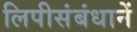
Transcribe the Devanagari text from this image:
लिपीसंबंधानें